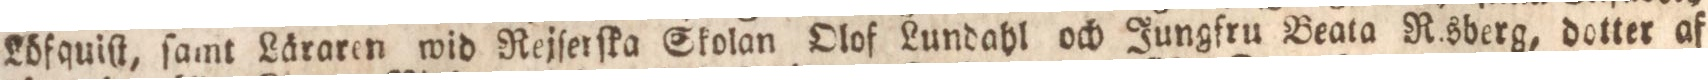
Löfquiſt, ſamt Läraren wid Rejſerſka Skolan Olof Lundahl och Jungfru Beata Risberg, dotter af